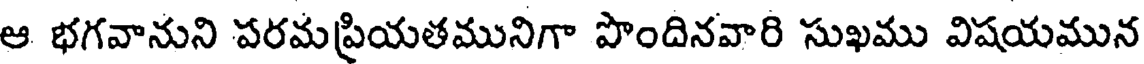
ఆ భగవానుని పరమప్రియతమునిగా పొందినవారి సుఖము విషయమున